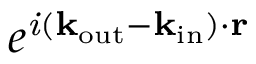
e ^ { \it i ( \mathbf { k } _ { \mathrm { o u t } } - \mathbf { k } _ { \mathrm { i n } } ) \cdot { \mathbf { r } } }